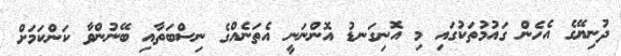
ދުނިޔޭގެ އެހެން ގައުމުތަކުގައި މި އޮނިގަނޑު އޮންނަނީ އެތަނެއްގެ ނިސްބަތާއި ބޭނުންވާ ކަންކަމަށް